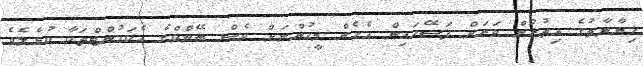
ޚިޔާނާތުގެ އިތުރުން ވަރަށް ފަސޭހައިން އެހެން މީހުންނަށް ވެސް ބޭންކްގެ އެކައުންޓްތަކާ ކުޅެލެވެ